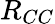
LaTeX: R_{CC}